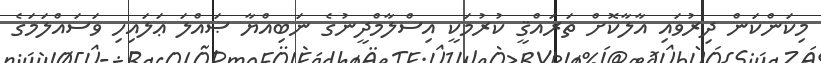
މިކަންކަން ދިރުވައި އާލާކޮށް ތަރައްޤީ ކުރުމަކީ އިސްލާމްދީނުގެ ނަބިއްޔާ ޞައްލަ ޢަލައިހި ވަސައްލަމަގެ